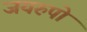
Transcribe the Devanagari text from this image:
जयरुपो